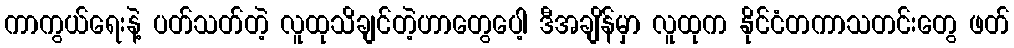
ကာကွယ်ရေးနဲ့ ပတ်သတ်တဲ့ လူထုသိချင်တဲ့ဟာတွေပေါ့ ဒီအချိန်မှာ လူထုက နိုင်ငံတကာသတင်းတွေ ဖတ်